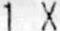
1 X